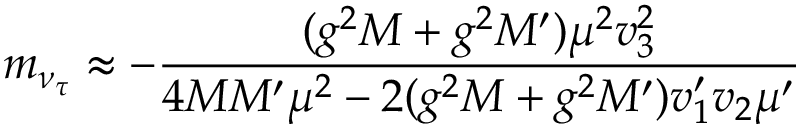
m _ { \nu _ { \tau } } \approx - { \frac { ( g ^ { 2 } M + g ^ { 2 } M ^ { \prime } ) \mu ^ { 2 } v _ { 3 } ^ { 2 } } { 4 M M ^ { \prime } \mu ^ { 2 } - 2 ( g ^ { 2 } M + g ^ { 2 } M ^ { \prime } ) v _ { 1 } ^ { \prime } v _ { 2 } \mu ^ { \prime } } }